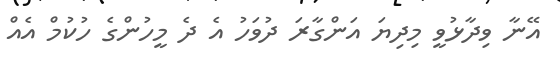
އޭނާ ވިދާޅުވީ މިދިޔަ އަންގާރަ ދުވަހު އެ ދެ މީހުންގެ ހުކުމް އެއް